Virumaa_algkoolid, lk 73
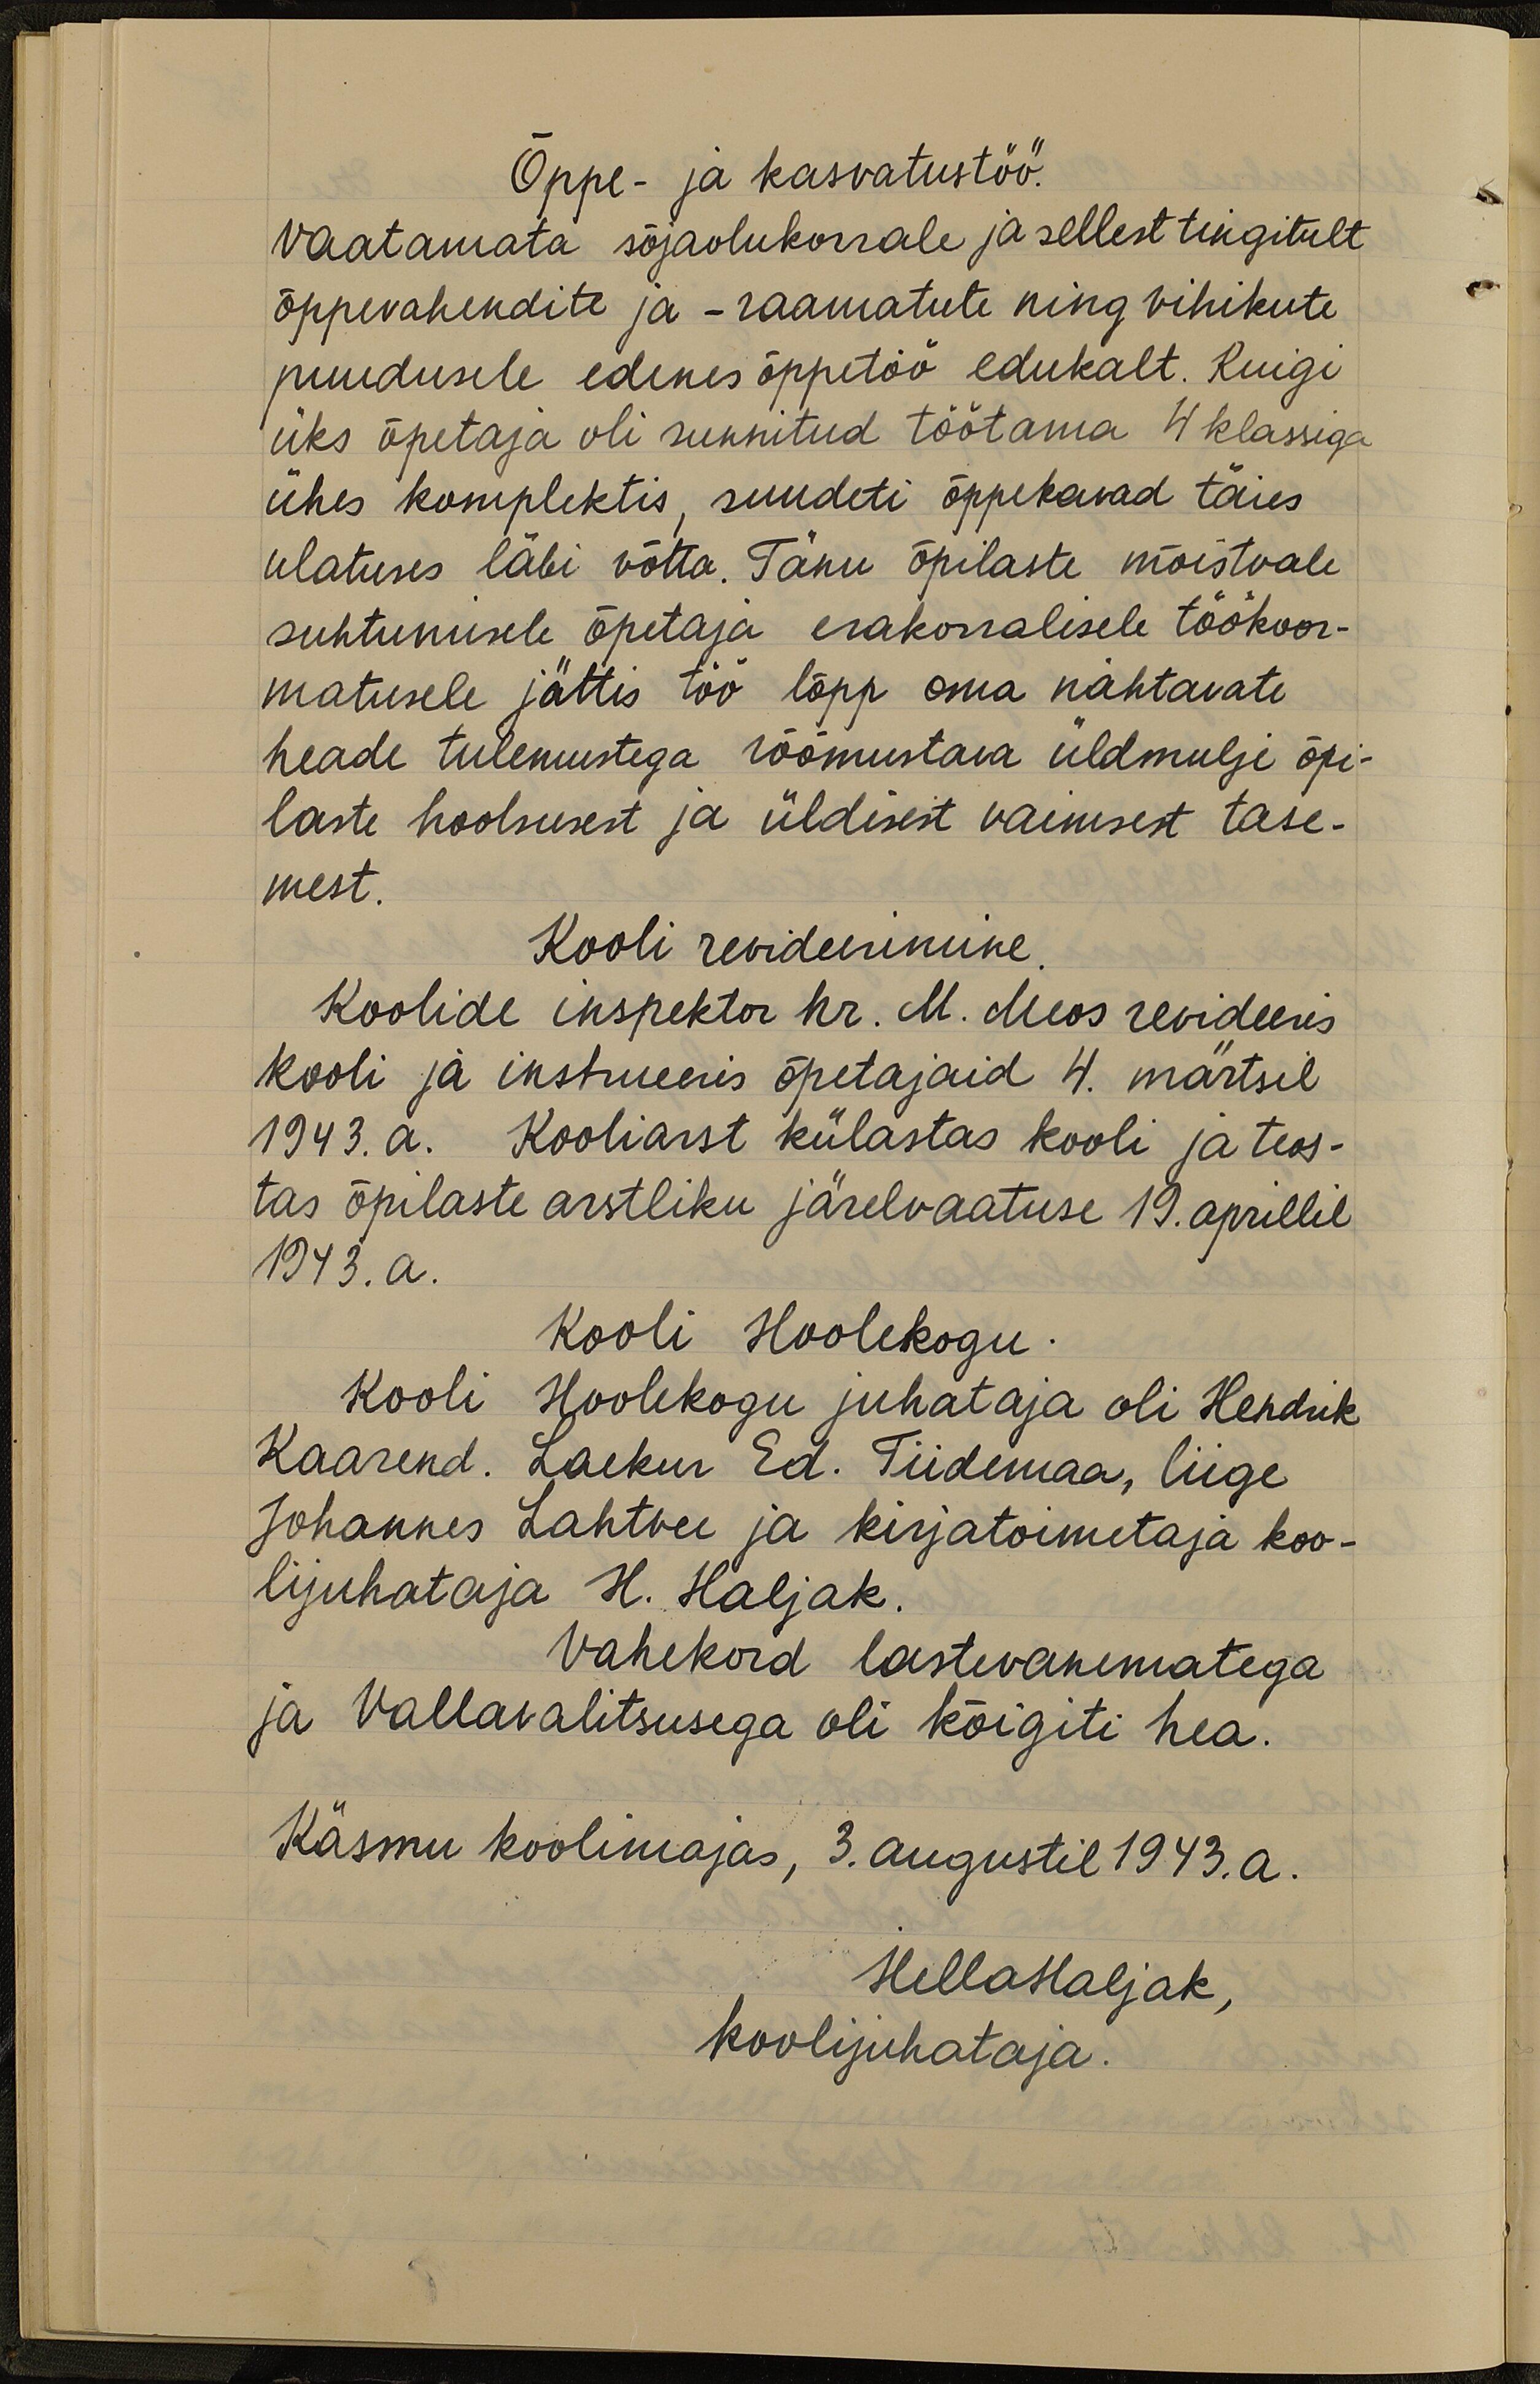
Õppe- ja kasvatustöö.
Vaatamata sõjaolukorrale ja sellest tingitult
õppevahendite ja -raamatute ning vihikute
puudusele edenes õppetöö edukalt. Kuigi
üks õpetaja oli sunnitud töötama 4 klassiga
ühes komplektis, suudeti õppekavad täies
ulatuses läbi võtta. Tänu õpilaste mõistvale
suhtumisele õpetaja erakorralisele töökoor-
matusele jättis töö lõpp oma nähtavate
heade tulemustega rõõmustava üldmulje õpi-
laste hoolsusest ja üldisest vaimsest tase-
mest.
Kooli revideerimine,
Koolide inspektor hr. M. Meos revideeris
kooli ja instrueeris õpetajaid 4. märtsil
1943. a. Kooliarst külastas kooli ja teos-
tas õpilaste arstliku järelvaatuse 19. aprillil.
1943. a.
Kooli Hoolekogu
Kooli Hoolekogu juhataja oli Hendrik
Kaarend. Laekur Ed. Tiidemaa, liige
Johannes Lahtvee ja kirjatoimetaja koo-
lijuhataja H. Haljak.
Vahekord lastevanematega
ja Vallavalitsusega oli kõigiti hea.
Käsmu koolimajas, 3. augustil 1943. a.
HellaHaljak,
koolijuhataja.